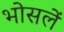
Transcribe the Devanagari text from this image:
भोसलें